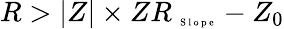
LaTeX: R>|Z|\times ZR_{\mathrm{~\tiny~S~l~o~p~e~}}-Z_{0}